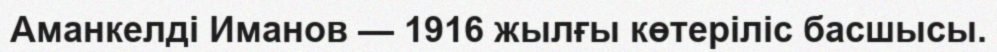
Аманкелді Иманов — 1916 жылғы көтеріліс басшысы.